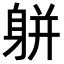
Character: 𨈾